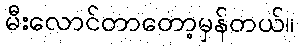
မီးလောင်တာတော့မှန်တယ်။